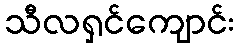
သီလရှင်ကျောင်း